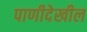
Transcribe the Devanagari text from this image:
पाणीदेखील